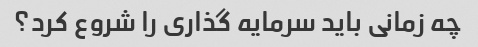
چه زمانی باید سرمایه گذاری را شروع کرد؟